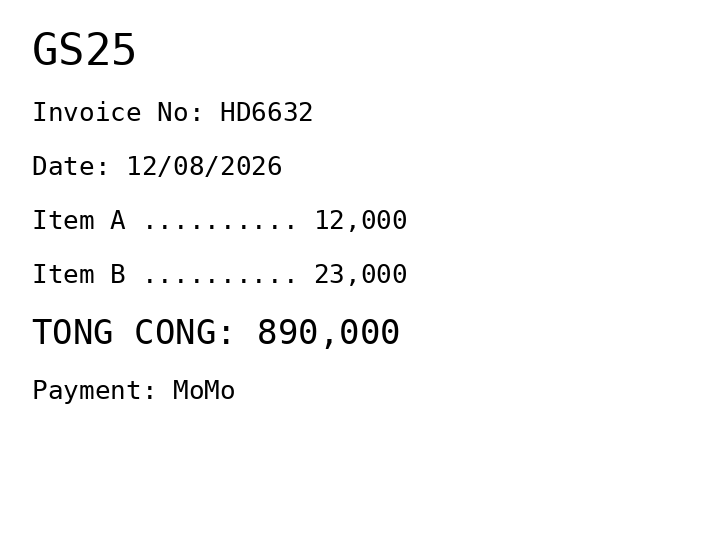
GS25
Invoice No: HD6632
Date: 12/08/2026
Item A .......... 12,000
Item B .......... 23,000
TONG CONG: 890,000
Payment: MoMo
Merchant: gs25
Date: 2026-08-12
Total: 890000
Invoice No: HD6632
Payment method: MOMO